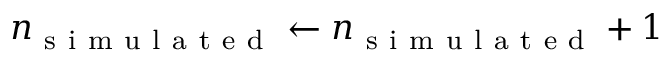
n _ { \mathrm { ~ s ~ i ~ m ~ u ~ l ~ a ~ t ~ e ~ d ~ } } \leftarrow n _ { \mathrm { ~ s ~ i ~ m ~ u ~ l ~ a ~ t ~ e ~ d ~ } } + 1